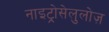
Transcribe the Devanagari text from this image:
नाइट्रोसेलुलोज़